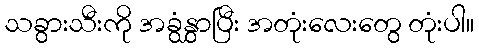
သခွားသီးကို အခွံနွှာပြီး အတုံးလေးတွေ တုံးပါ။